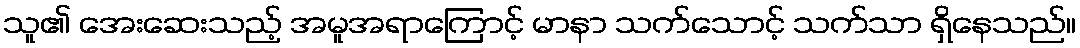
သူ၏ အေးဆေးသည့် အမူအရာကြောင့် မာနာ သက်သောင့် သက်သာ ရှိနေသည်။